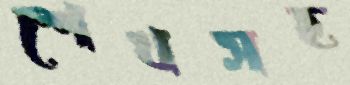
শেখসহ